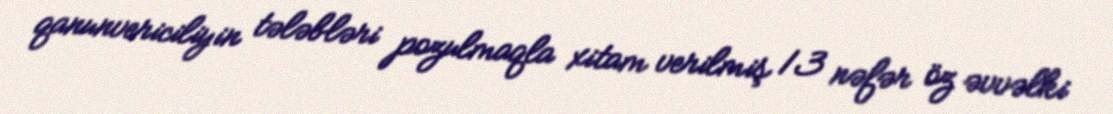
qanunvericiliyin tələbləri pozulmaqla xitam verilmiş 13 nəfər öz əvvəlki